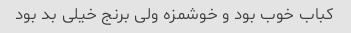
کباب خوب بود و خوشمزه ولی برنج خیلی بد بود